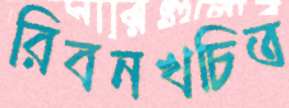
রিবনখচিত